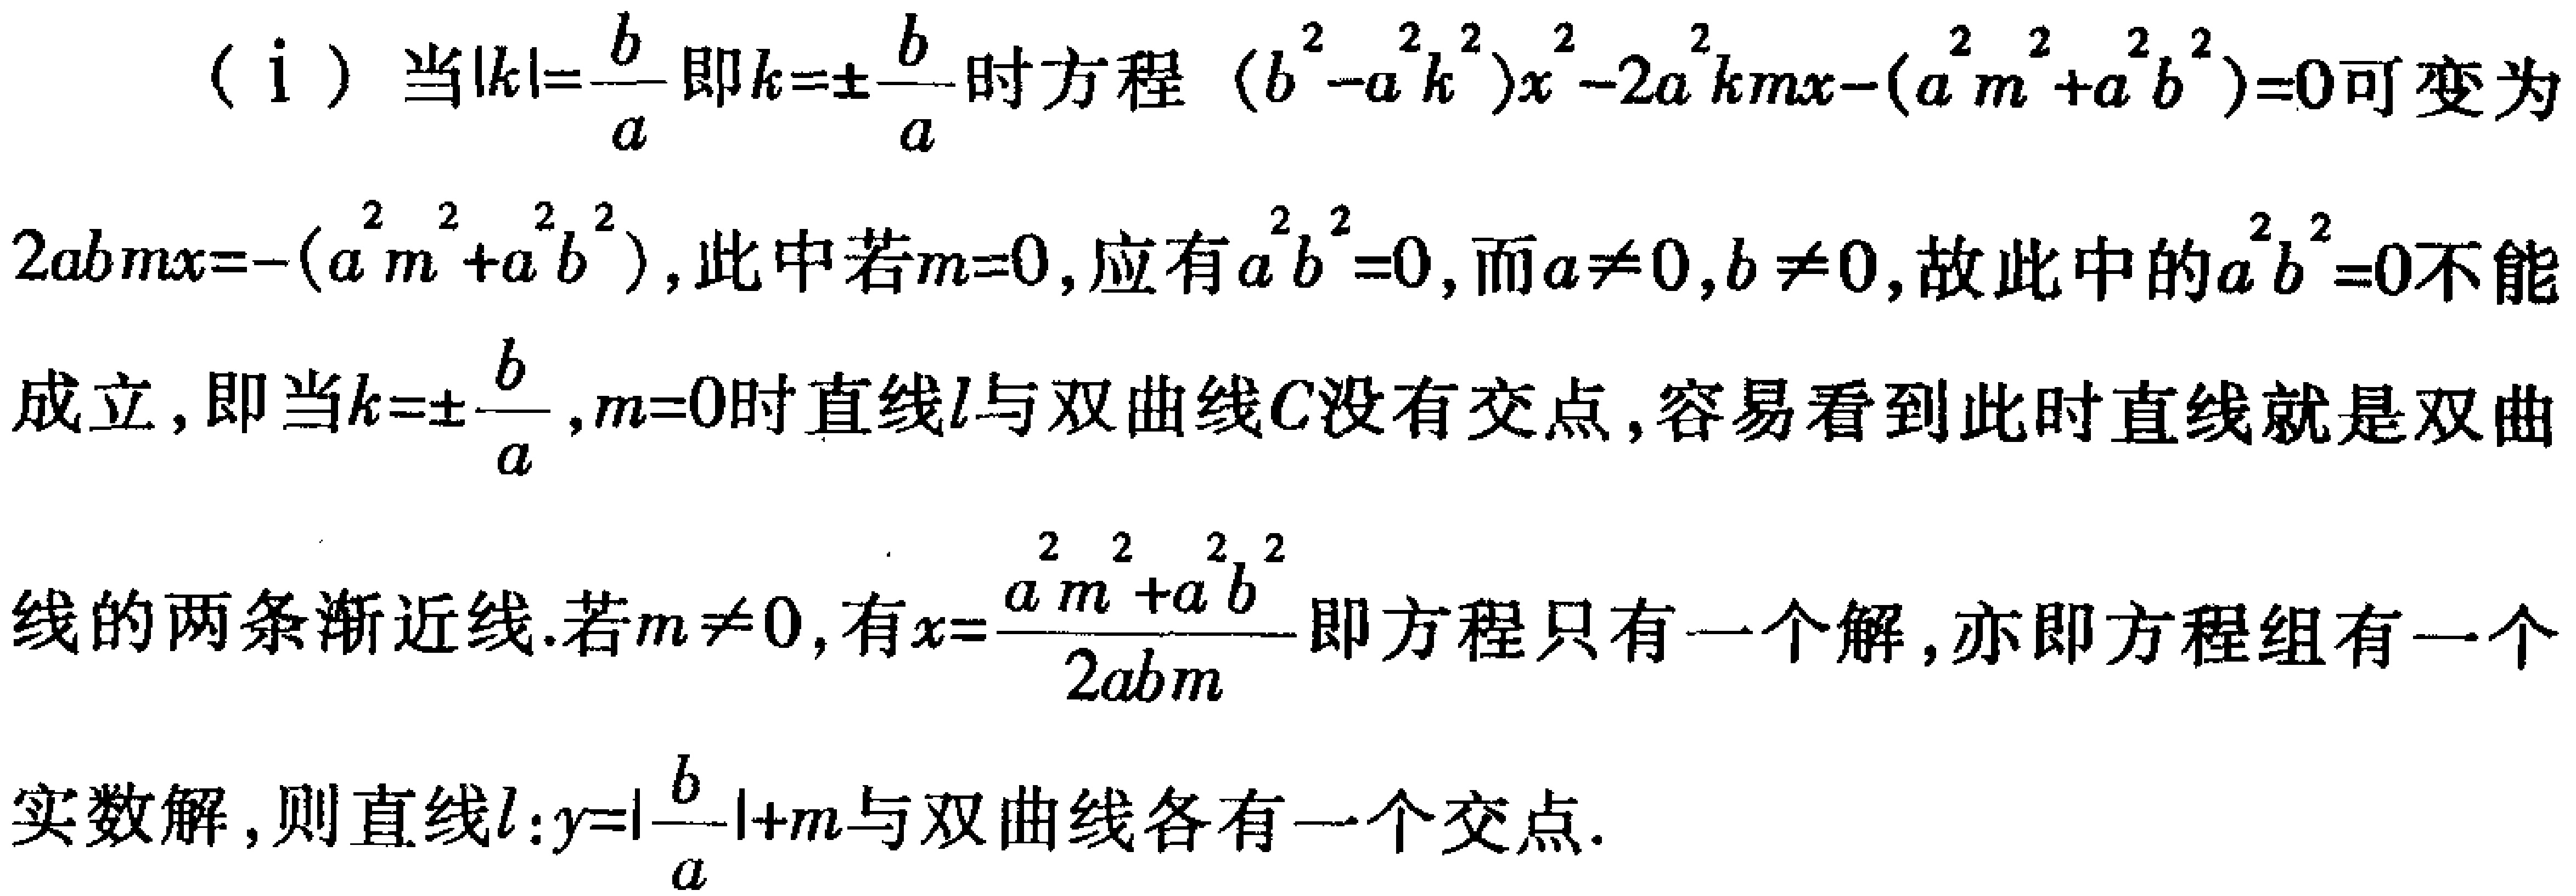
（i）当\(\vert k\vert=\frac{b}{a}\)即\(k = \pm\frac{b}{a}\)时方程\((b^{2}-a^{2}k^{2})x^{2}-2a^{2}kmx-(a^{2}m^{2}+a^{2}b^{2}) = 0\)可变为\(2abmx=-(a^{2}m^{2}+a^{2}b^{2})\)，此中若\(m = 0\)，应有\(a^{2}b^{2}=0\)，而\(a\neq0,b\neq0\)，故此中的\(a^{2}b^{2}=0\)不能成立，即当\(k=\pm\frac{b}{a},m = 0\)时直线\(l\)与双曲线\(C\)没有交点，容易看到此时直线就是双曲线的两条渐近线.若\(m\neq0\)，有\(x=\frac{a^{2}m^{2}+a^{2}b^{2}}{2abm}\)即方程只有一个解，亦即方程组有一个实数解，则直线\(l:y=\vert\frac{b}{a}\vert + m\)与双曲线各有一个交点.